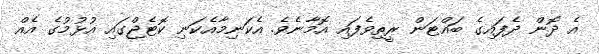
އެ ދޮން ދެފައިގެ ބައްޓަން ރީތިވެފައި އޮމާނެވެ. އެކަނިމާއެކަނި ކޮޓެޖްގައި އުޅުމުގެ އެއް